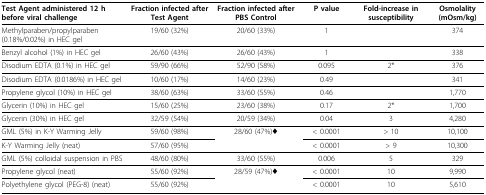
<table><thead><tr><td><b>Test Agent administered 12 h before viral challenge</b></td><td><b>Fraction infected after Test Agent</b></td><td><b>Fraction infected after PBS Control</b></td><td><b>P value</b></td><td><b>Fold-increase in susceptibility</b></td><td><b>Osmolality (mOsm/kg)</b></td></tr></thead><tbody><tr><td>Methylparaben/propylparaben (0.18%/0.02%) in HEC gel</td><td>19/60 (32%)</td><td>20/60 (33%)</td><td>1</td><td></td><td>374</td></tr><tr><td>Benzyl alcohol (1%) in HEC gel</td><td>26/60 (43%)</td><td>26/60 (43%)</td><td>1</td><td></td><td>338</td></tr><tr><td>Disodium EDTA (0.1%) in HEC gel</td><td>59/90 (66%)</td><td>52/90 (58%)</td><td>0.095</td><td>2*</td><td>376</td></tr><tr><td>Disodium EDTA (0.0186%) in HEC gel</td><td>10/60 (17%)</td><td>14/60 (23%)</td><td>0.49</td><td></td><td>341</td></tr><tr><td>Propylene glycol (10%) in HEC gel</td><td>38/60 (63%)</td><td>33/60 (55%)</td><td>0.46</td><td></td><td>1,770</td></tr><tr><td>Glycerin (10%) in HEC gel</td><td>15/60 (25%)</td><td>23/60 (38%)</td><td>0.17</td><td>2*</td><td>1,700</td></tr><tr><td>Glycerin (30%) in HEC gel</td><td>32/59 (54%)</td><td>20/59 (34%)</td><td>0.04</td><td>3</td><td>4,280</td></tr><tr><td>GML (5%) in K-Y Warming Jelly</td><td>59/60 (98%)</td><td>28/60 (47%)♦</td><td>&lt; 0.0001</td><td>&gt; 10</td><td>10,100</td></tr><tr><td>K-Y Warming Jelly (neat)</td><td>57/60 (95%)</td><td></td><td>&lt; 0.0001</td><td>&gt; 9</td><td>10,300</td></tr><tr><td>GML (5%) colloidal suspension in PBS</td><td>48/60 (80%)</td><td>33/60 (55%)</td><td>0.006</td><td>5</td><td>329</td></tr><tr><td>Propylene glycol (neat)</td><td>55/60 (92%)</td><td>28/59 (47%)♦</td><td>&lt; 0.0001</td><td>10</td><td>9,990</td></tr><tr><td>Polyethylene glycol (PEG-8) (neat)</td><td>55/60 (92%)</td><td></td><td>&lt; 0.0001</td><td>10</td><td>5,610</td></tr></tbody></table>